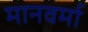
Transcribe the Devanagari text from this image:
मानवर्मा